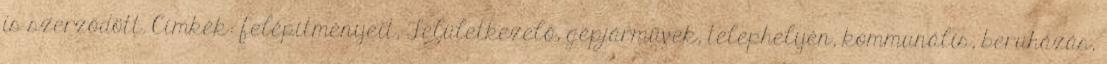
is szerződött. Címkék: felépítményeit, Felületkezelő, gépjárművek, telephelyén, kommunális, beruházás,